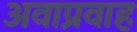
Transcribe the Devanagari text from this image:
अवाप्रवाह